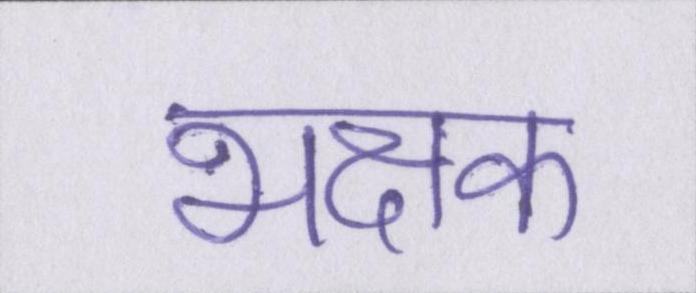
भक्षक